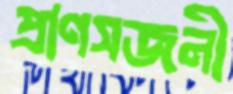
প্রাণসজনী